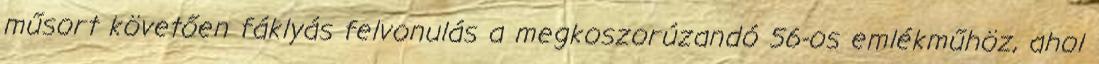
műsort követően fáklyás felvonulás a megkoszorúzandó 56-os emlékműhöz, ahol